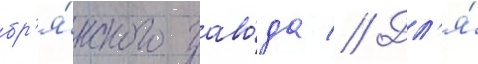
бр'я́нского заво́да // Дл'я́